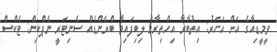
ވީމީޑިއާގެ އަށް އަހަރު: އިތުބާރާ އިހްތިރާމް ލިބިފައިވާ ބްރޭންޑެއް ސެނިޓަރީ ނެޕްކިން: ޓެކްސް